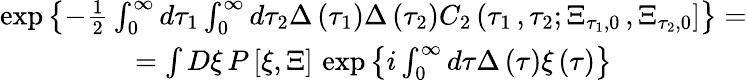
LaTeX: \begin{array}{c}{{\exp\left\{ -\frac 12\int_{0}^{\infty}d\tau_{1}\int_{0}^{\infty}d\tau_{2}\Delta\left(\tau_{1}\right)\Delta\left(\tau_{2}\right)C_{2}\left(\tau_{1}\, ,\tau_{2};\Xi_{\tau_{1},0}\, ,\Xi_{\tau_{2},0}\right]\right\} =}}\\ {{=\int D\xi\, P\left[\xi,\Xi\right]\, \exp\left\{ i\int_{0}^{\infty}d\tau\Delta\left(\tau\right)\xi\left(\tau\right)\right\} }}\end{array}